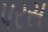
પરસ